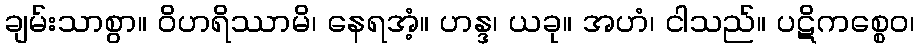
ချမ်းသာစွာ။ ဝိဟရိဿာမိ၊ နေရအံ့။ ဟန္ဒ၊ ယခု။ အဟံ၊ ငါသည်။ ပဋိကစ္စေဝ၊